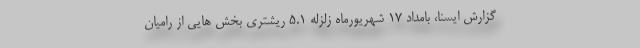
گزارش ایسنا، بامداد ۱۷ شهریورماه زلزله ۵.۱ ریشتری بخش هایی از رامیان